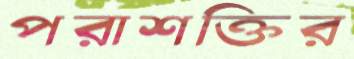
পরাশক্তির